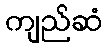
ကျည်ဆံ